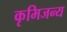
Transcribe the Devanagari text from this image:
कृमिजन्य